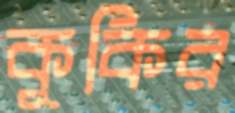
কুকির